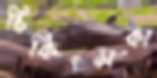
চিকিৎসকা